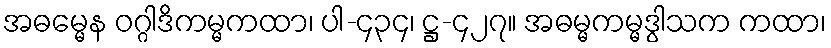
အဓမ္မေန ဝဂ္ဂါဒိကမ္မကထာ၊ ပါ-၄၃၄၊ ဋ္ဌ-၄၂၇။ အဓမ္မကမ္မဒွါသက ကထာ၊